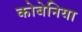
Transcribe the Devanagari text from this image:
कोबेनिया